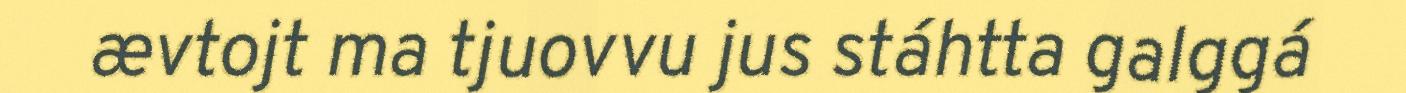
ævtojt ma tjuovvu jus stáhtta galggá